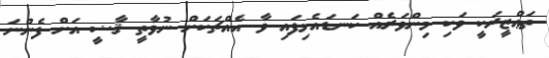
ތަޢްޒީރަކީ ވަކި މިންވަރެއް ކަނޑައެޅިފައި ވާ އެއްޗަކަށް ނުވާތީ ޤާޟީ އަށް ފެންނަ